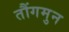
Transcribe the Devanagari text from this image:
तौंगमुन